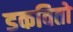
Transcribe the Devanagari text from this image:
डकवितो